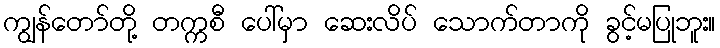
ကျွန်တော်တို့ တက္ကစီ ပေါ်မှာ ဆေးလိပ် သောက်တာကို ခွင့်မပြုဘူး။